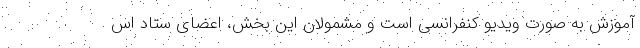
آموزش به صورت ویدیو کنفرانسی است و مشمولان این بخش، اعضای ستاد اس